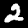
Digit: 2